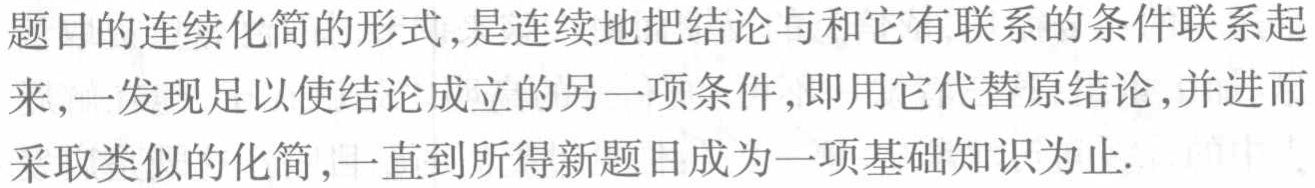
题目的连续化简的形式,是连续地把结论与和它有联系的条件联系起来,一发现足以使结论成立的另一项条件,即用它代替原结论,并进而采取类似的化简,一直到所得新题目成为一项基础知识为止.